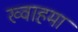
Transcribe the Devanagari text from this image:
ख्वाहमा